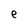
Character: e